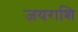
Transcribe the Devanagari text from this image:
जयराशि